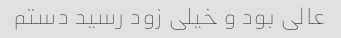
عالی بود و خیلی زود رسید دستم